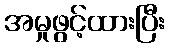
အမှုဖွင့်ထားပြီး